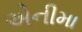
એનીમા